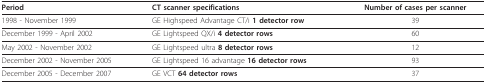
| Period | CT scanner specifications | Number of cases per scanner |
 | --- | --- | --- |
 | 1998 - November 1999 | GE Highspeed Advantage CT/i 1 detector row | 39 |
 | December 1999 - April 2002 | GE Lightspeed QX/i 4 detector rows | 60 |
 | May 2002 - November 2002 | GE Lightspeed ultra 8 detector rows | 12 |
 | December 2002 - November 2005 | GE Lightspeed 16 advantage 16 detector rows | 93 |
 | December 2005 - December 2007 | GE VCT 64 detector rows | 37 |